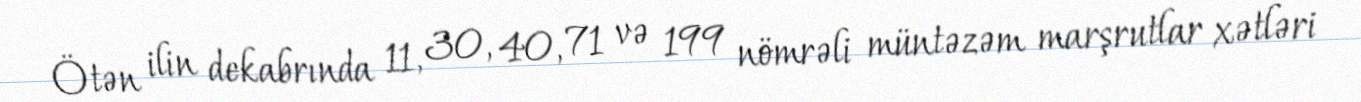
Ötən ilin dekabrında 11, 30, 40, 71 və 199 nömrəli müntəzəm marşrutlar xətləri